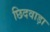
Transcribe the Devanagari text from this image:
छिदवाड़ा